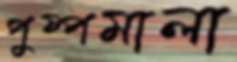
পুষ্পমালা